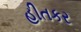
હીતકર